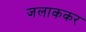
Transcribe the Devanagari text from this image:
जलाककर